Scottish Certificate of Education, 1962
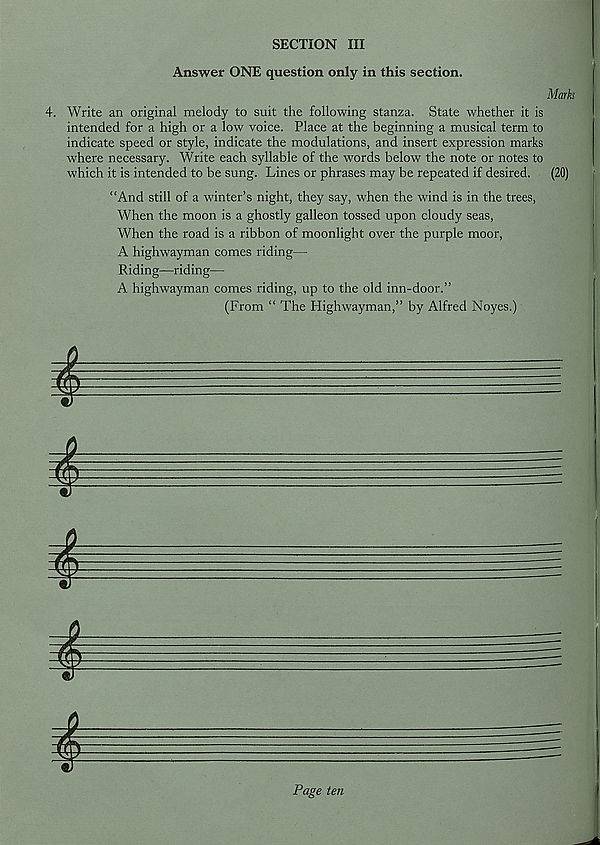
SECTION III
Answer ONE question only in this section.
Marks
4. Write an original melody to suit the following stanza. State whether it is
intended for a high or a low voice. Place at the beginning a musical term to
indicate speed or style, indicate the modulations, and insert expression marks
where necessary. Write each syllable of the words below the note or notes to
which it is intended to be sung. Lines or phrases may be repeated if desired. (20)
“And still of a winter’s night, they say, when the wind is in the trees,
When the moon is a ghostly galleon tossed upon cloudy seas,
When the road is a ribbon of moonlight over the purple moor,
A highwayman comes riding—
Riding—riding—
A highwayman comes riding, up to the old inn-door.”
(From “ The Highwayman,” by Alfred Noyes.)